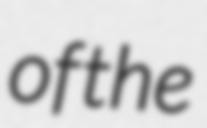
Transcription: of the